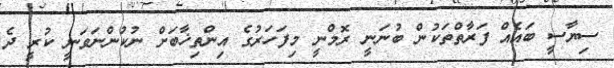
ސިޔާސީ ބައެއް ފަރާތްތަކުން ބުނަނީ ރޮމްނީ މިފަހަރުގެ އިންތިޚާބަށް ނުކުންނަވަނީ ކުރީ ދެ